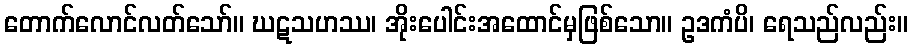
တောက်လောင်လတ်သော်။ ဃဋသဟဿ၊ အိုးပေါင်းအထောင်မှဖြစ်သော။ ဥဒကံပိ၊ ရေသည်လည်း။